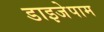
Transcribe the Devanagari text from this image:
डाइजेपाम